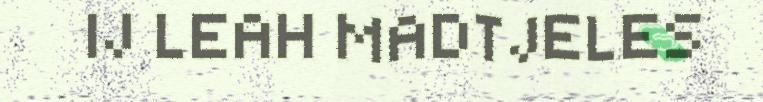
IJ LEAH MADTJELES